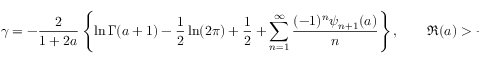
\gamma = - { \frac { 2 } { 1 + 2 a } } \left\{ \ln \Gamma ( a + 1 ) - { \frac { 1 } { 2 } } \ln ( 2 \pi ) + { \frac { 1 } { 2 } } + \sum _ { n = 1 } ^ { \infty } { \frac { ( - 1 ) ^ { n } \psi _ { n + 1 } ( a ) } { n } } \right\} , \qquad \Re ( a ) > - 1